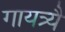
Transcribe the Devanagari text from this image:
गायत्र्यै